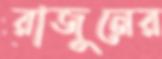
রাজুনের